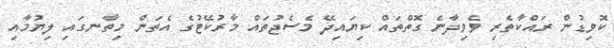
ކޮވިޑުން ރައްކާތެރި ވެވިދާނެ ގޮތްތައް ކިޔައިދޭ މެސެޖުތައް މާރުކޭޓުގެ އެތަން މިތާނގައި ލިޔުމާއި